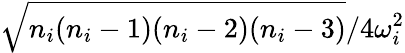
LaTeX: \sqrt{n_{i}(n_{i}-1)(n_{i}-2)(n_{i}-3)}/{4\omega_{i}^{2}}